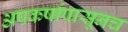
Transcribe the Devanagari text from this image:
अपकर्षापासूनच